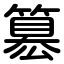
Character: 簒